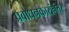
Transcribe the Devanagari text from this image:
प्रबोधनकारांनंतर